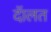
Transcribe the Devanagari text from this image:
दॅालत